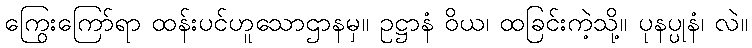
ကြွေးကြော်ရာ ထန်းပင်ဟူသောဌာနမှ။ ဥဋ္ဌာနံ ဝိယ၊ ထခြင်းကဲ့သို့။ ပုနပ္ပုနံ၊ လဲ။